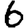
Digit: 6